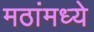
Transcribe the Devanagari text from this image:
मठांमध्ये